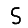
Digit: 5